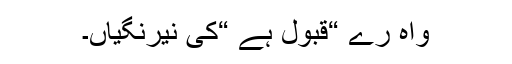
واہ رے “قبول ہے “کی نیرنگیاں۔